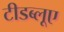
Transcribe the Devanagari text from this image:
टीडब्लूए